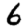
Digit: 6